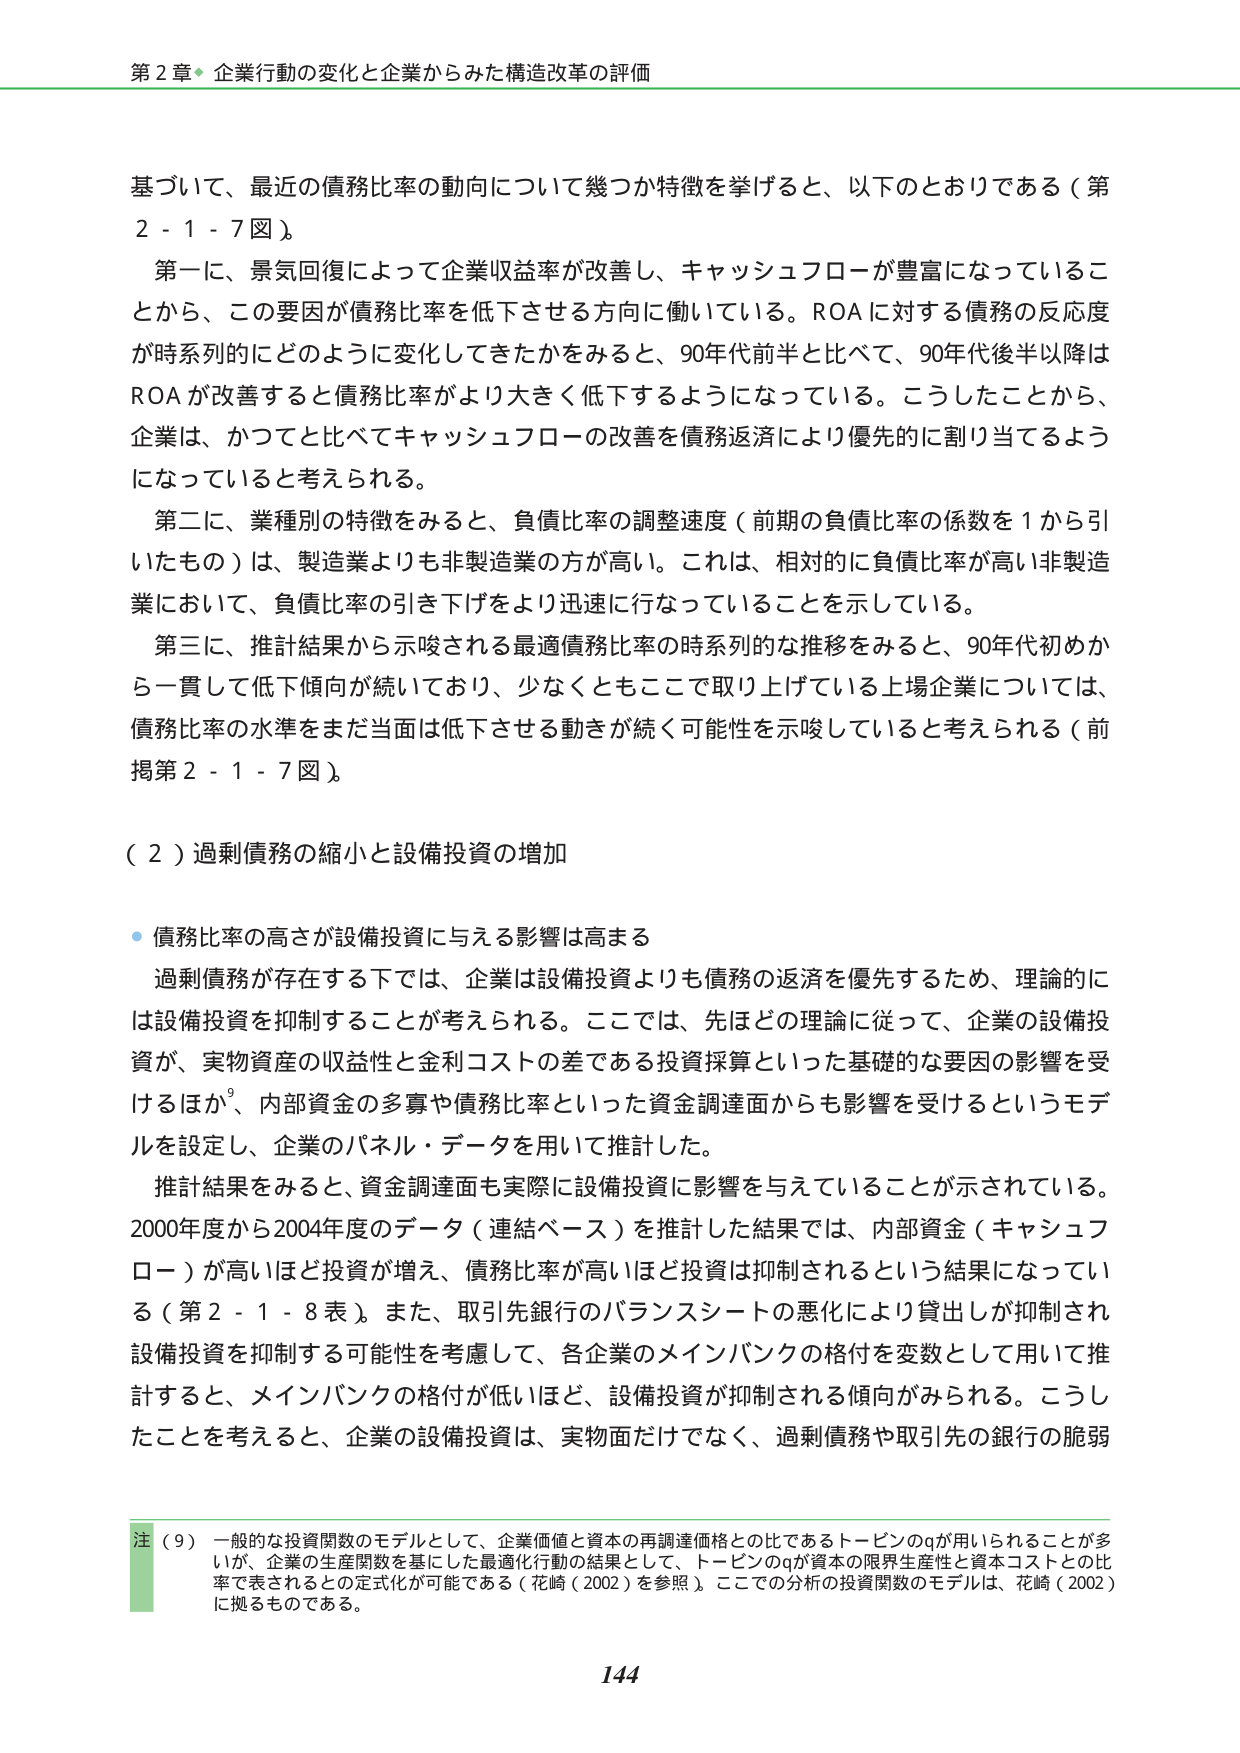
第２章◆企業行動の変化と企業からみた構造改革の評価

基づいて、最近の債務比率の動向について幾つか特徴を挙げると、以下のとおりである（第２－１－７図）。
第一に、景気回復によって企業収益率が改善し、キャッシュフローが豊富になっていることから、この要因が債務比率を低下させる方向に働いている。ROAに対する債務の反応度が時系列的にどのように変化してきたかをみると、90年代前半と比べて、90年代後半以降はROAが改善すると債務比率がより大きく低下するようになっている。こうしたことから、企業は、かつてと比べてキャッシュフローの改善を債務返済により優先的に割り当てているようになっていると考えられる。
第二に、業種別の特徴をみると、負債比率の調整速度（前期の負債比率の係数を１から引いたもの）は、製造業よりも非製造業の方が高い。これは、相対的に負債比率が高い非製造業において、負債比率の引き下げをより迅速に行なっていることを示している。
第三に、推計結果から示唆される最適債務比率の時系列的な推移をみると、90年代初めから一貫して低下傾向が続いており、少なくともここで取り上げている上場企業については、債務比率の水準をまだ当面は低下させる動きが続く可能性を示唆していると考えられる（前掲第２－１－７図）。

（２）過剰債務の縮小と設備投資の増加

・債務比率の高さが設備投資に与える影響は高まる
過剰債務が存在する下では、企業は設備投資よりも債務の返済を優先するため、理論的には設備投資を抑制することが考えられる。ここでは、先ほどの理論に従って、企業の設備投資が、実物資産の収益性と金利コストの差である投資採算といった基礎的な要因の影響を受けるほか、内部資金の多寡や債務比率といった資金調達面からも影響を受けるというモデルを設定し、企業のパネル・データを用いて推計した。
推計結果をみると、資金調達面も実際に設備投資に影響を与えていることが示されている。2000年度から2004年度のデータ（連結ベース）を推計した結果では、内部資金（キャッシュフロー）が高いほど投資が増え、債務比率が高いほど投資は抑制されるという結果になっている（第２－１－８表）。また、取引先銀行のバランスシートの悪化により貸出しが抑制され設備投資を抑制する可能性を考慮して、各企業のメインバンクの格付を変数として用いて推計すると、メインバンクの格付が低いほど、設備投資が抑制される傾向がみられる。こうしたことを考えると、企業の設備投資は、実物面だけでなく、過剰債務や取引先の銀行の脆弱

注（９）一般的な投資関数のモデルとして、企業価値と資本の再調達価格との比であるトービンのｑが用いられることが多いが、企業の生産関数を基にした最適化行動の結果として、トービンのｑが資本の限界生産性と資本コストとの比率で表されるとの定式化が可能である（花崎（2002）を参照）。ここでの分析の投資関数のモデルは、花崎（2002）に拠るものである。

144